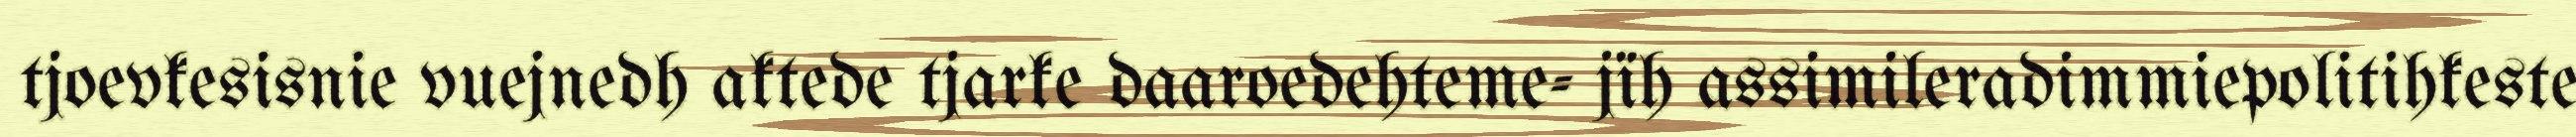
tjoevkesisnie vuejnedh aktede tjarke daaroedehteme- jïh assimileradimmiepolitihkeste